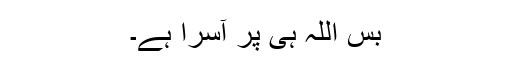
بس اللہ ہی پر آسرا ہے۔